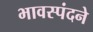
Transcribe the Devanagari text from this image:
भावस्पंदने